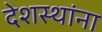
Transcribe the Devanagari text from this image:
देशस्थांना